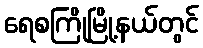
ရေစကြိုမြို့နယ်တွင်